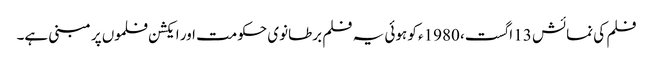
فلم کی نمائش 13 اگست، 1980ء کو ہوئی یہ فلم برطانوی حکومت اور ایکشن فلموں پر مبنی ہے۔